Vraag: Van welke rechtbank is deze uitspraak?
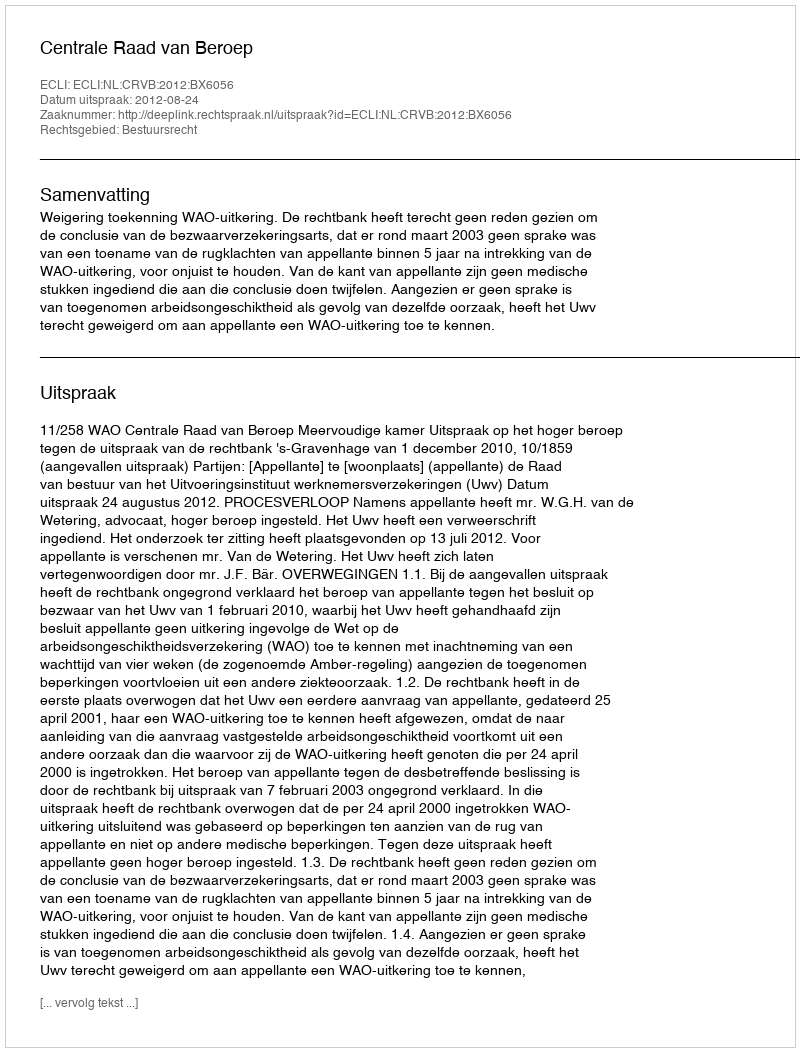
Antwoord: Centrale Raad van Beroep